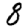
Digit: 8